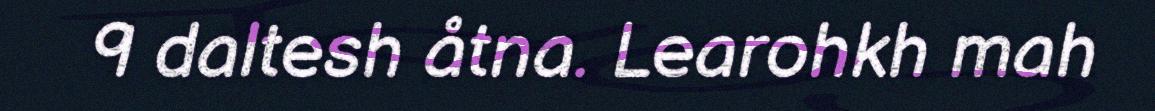
9 daltesh åtna. Learohkh mah